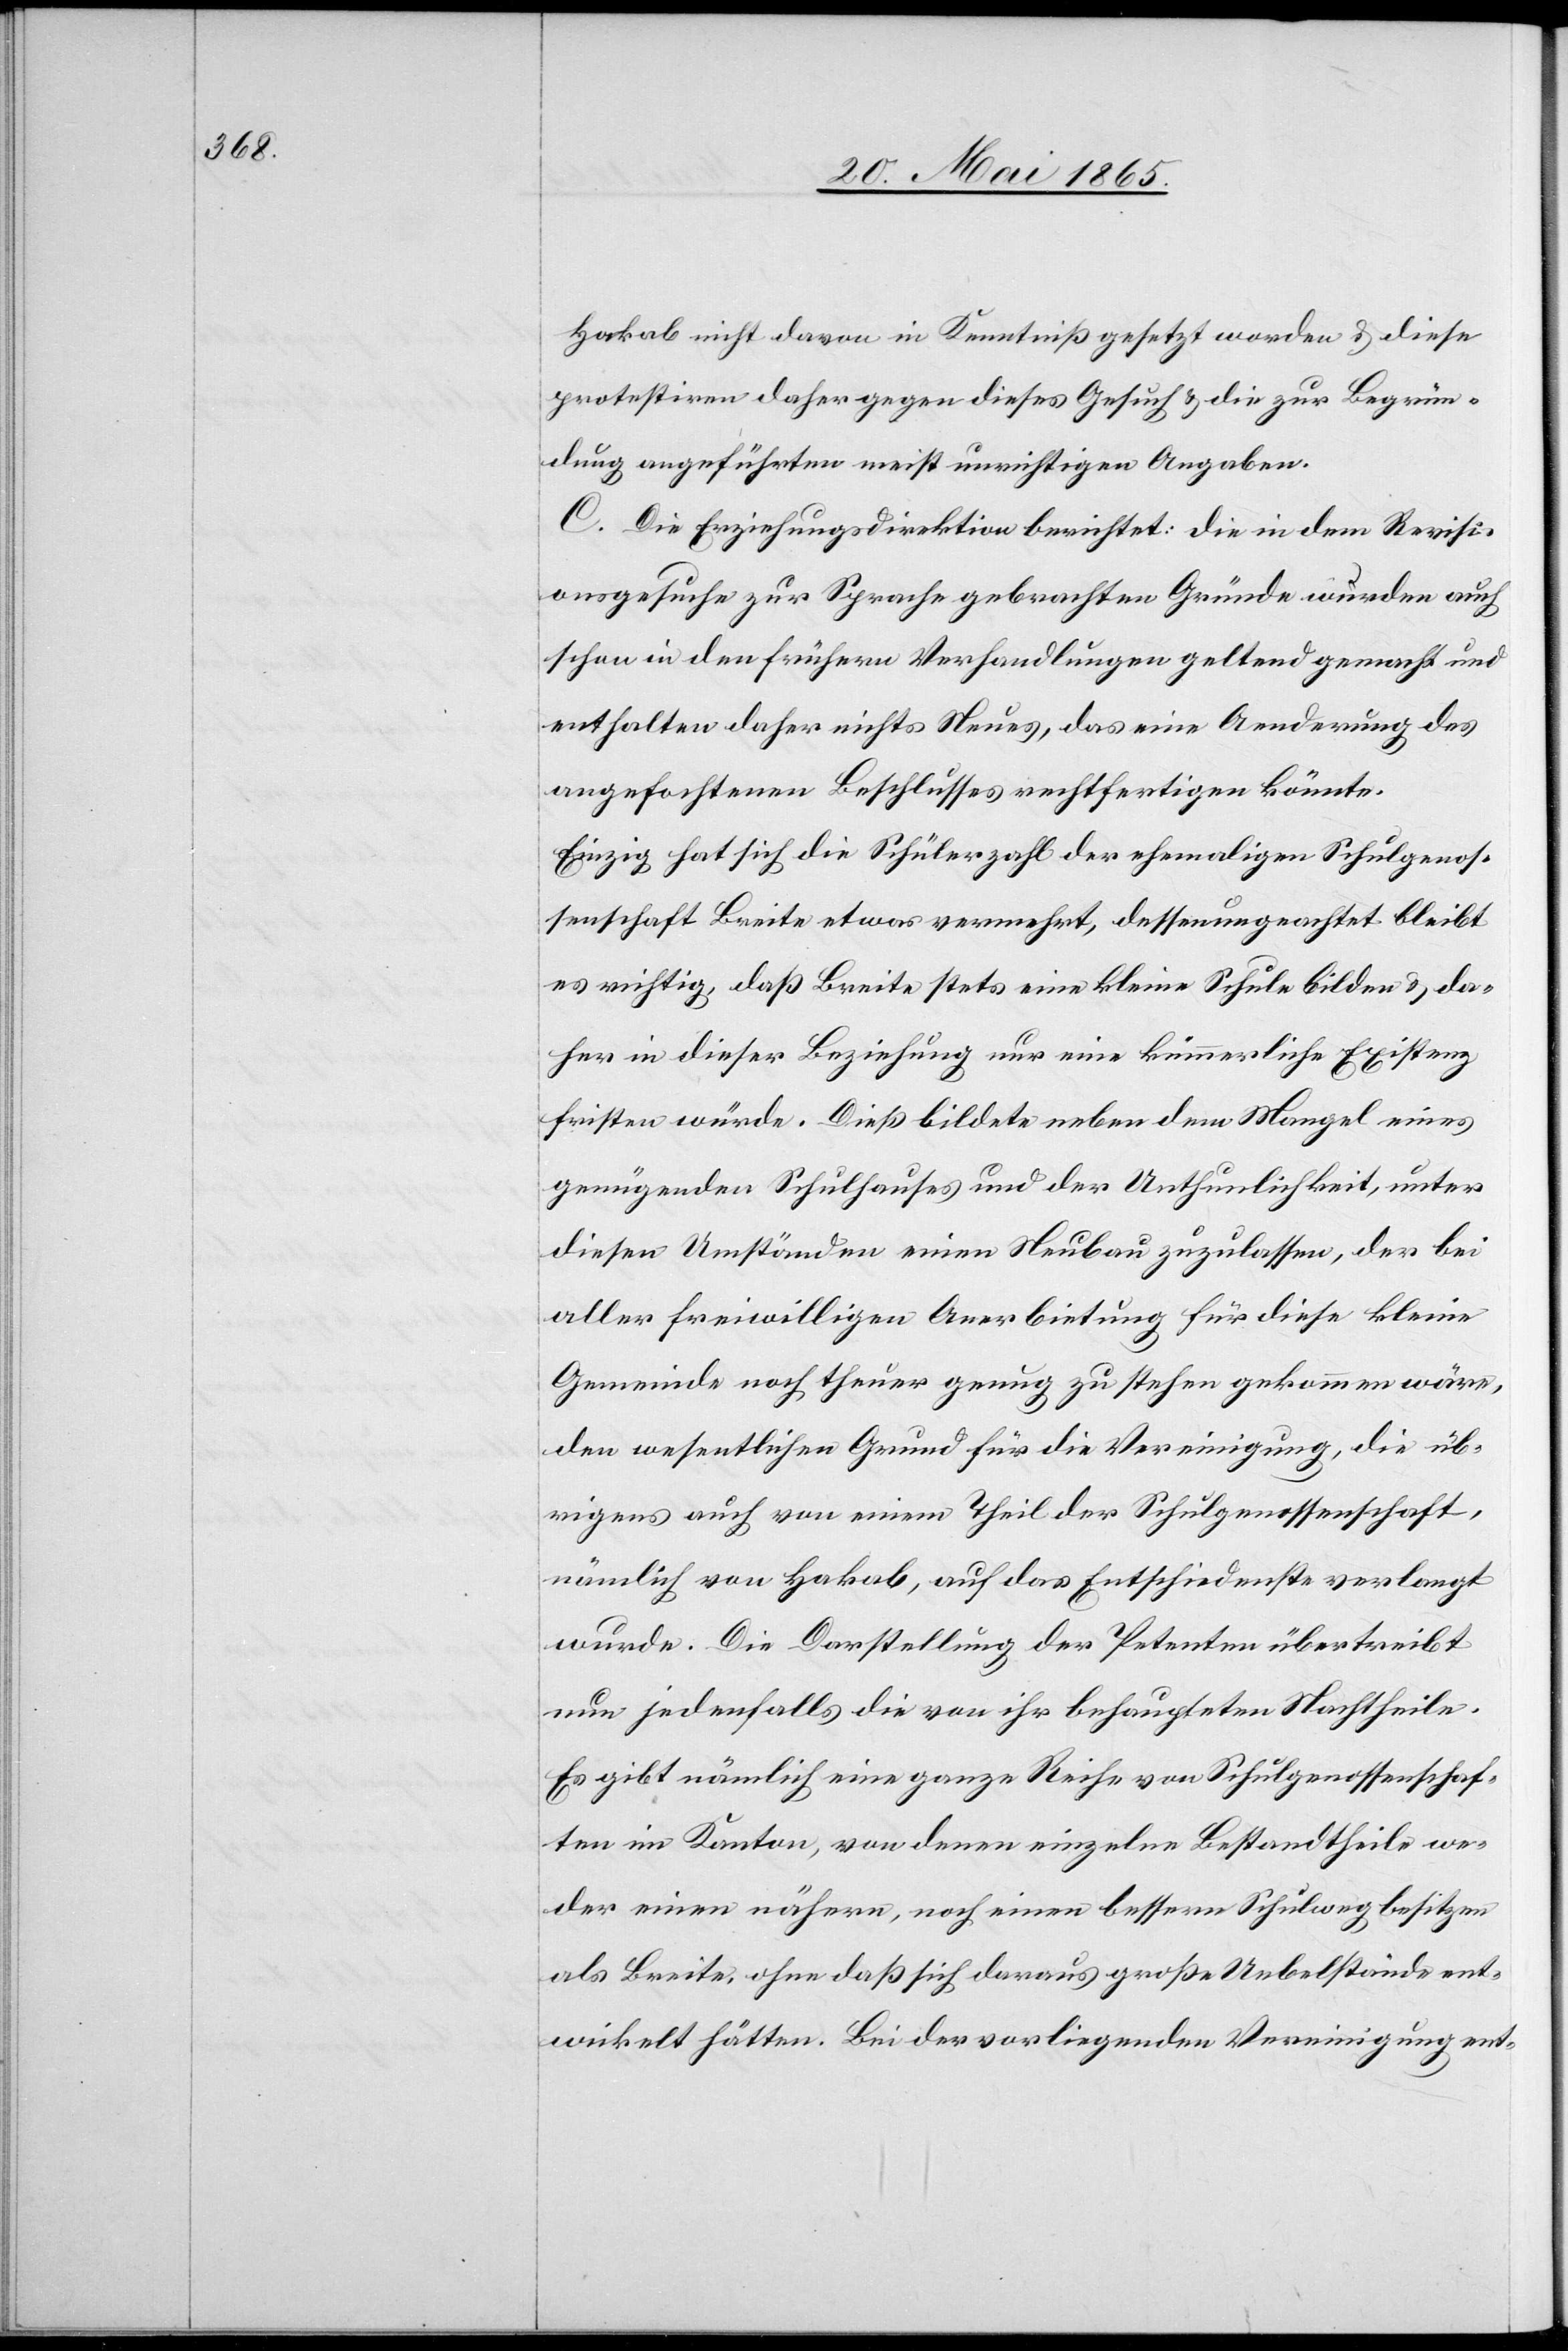
Hakab nicht davon in Kenntniß gesetzt worden & diese
protestiren daher gegen dieses Gesuch & die zur Begrün¬
dung angeführten meist unrichtigen Angaben.
C. Die Erziehungsdirektion berichtet: Die in dem Revisi¬
onsgesuche zur Sprache gebrachten Gründe wurden auch
schon in den frühern Verhandlungen geltend gemacht und
enthalten daher nichts Neues, das eine Aenderung des
angefochtenen Beschlusses rechtfertigen könnte.
Einzig hat sich die Schülerzahl der ehemaligen Schulgenos¬
senschaft Breite etwas vermehrt, dessenungeachtet bleibt
es richtig, daß Breite stets eine kleine Schule bilden & da¬
her in dieser Beziehung nur eine kümmerliche Existenz
fristen würde. Dieß bildete neben dem Mangel eines
genügenden Schulhauses und der Unthunlichkeit, unter
diesen Umständen einen Neubau zuzulassen, der bei
aller freiwilligen Anerbietung für diese kleine
Gemeinde noch theuer genug zu stehen gekommen wäre,
den wesentlichen Grund für die Vereinigung, die üb¬
rigens auch von einem Theil der Schulgenossenschaft,
nämlich von Hakab, auf das Entschiedenste verlangt
wurde. Die Darstellung der Petenten übertreibt
nun jedenfalls die von ihr behaupteten Nachtheile.
Es gibt nämlich eine ganze Reihe von Schulgenossenschaf¬
ten im Kanton, von denen einzelne Bestandtheile we¬
der einen nähern, noch einen bessern Schulweg besitzen
als Breite, ohne daß sich daraus große Uebelstände ent¬
wickelt hätten. Bei der vorliegenden Vereinigung ent-